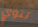
تنوي